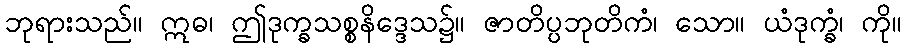
ဘုရားသည်။ ဣဓ၊ ဤဒုက္ခသစ္စနိဒ္ဒေသ၌။ ဇာတိပ္ပဘုတိကံ၊ သော။ ယံဒုက္ခံ၊ ကို။